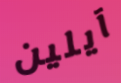
آيلين